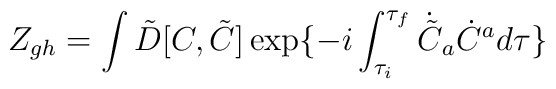
Z_{gh} =\int \tilde D[C, \tilde C]\exp\{-i\int_{\tau_i}^{\tau_f}{}\dot{\tilde C}_a\dot {C}^a{}d\tau\}